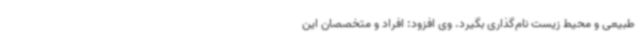
طبیعی و محیط زیست نام‌گذاری بگیرد. وی افزود: افراد و متخصصان این